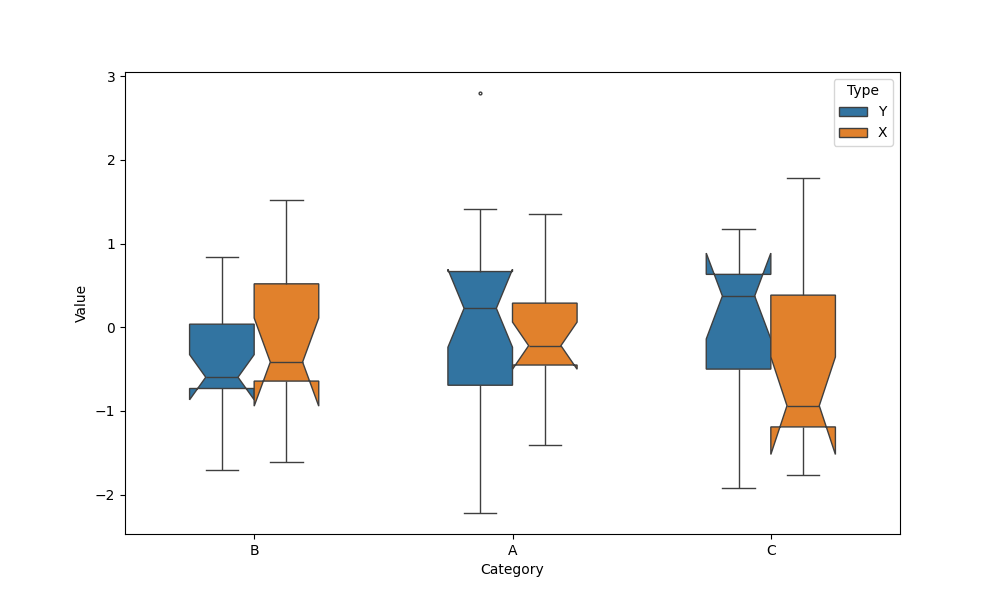
python, seaborn, boxplot, width=0.5, linewidth=1, fliersize=2, notch=True